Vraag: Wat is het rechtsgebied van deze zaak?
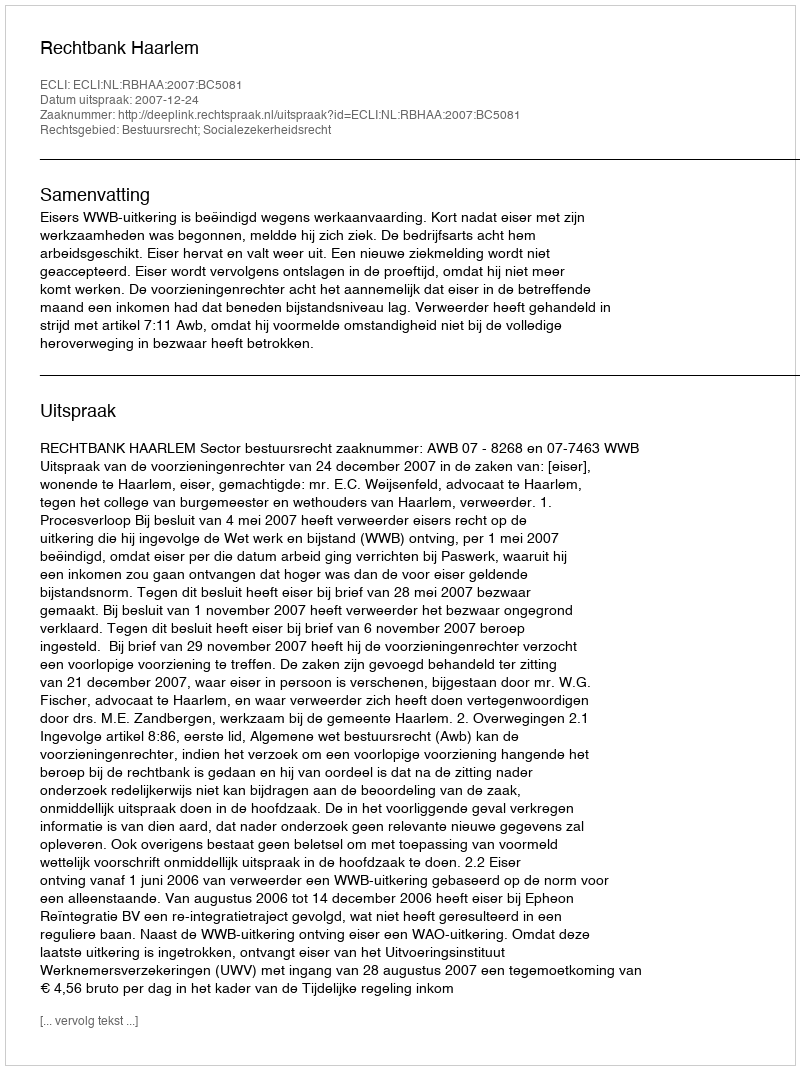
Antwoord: Bestuursrecht; Socialezekerheidsrecht